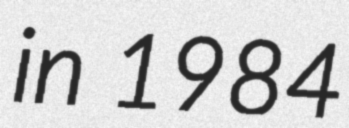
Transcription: in 1984